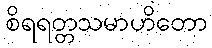
စိရရတ္တသမာဟိတော